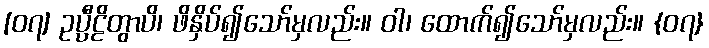
[၀၇] ဥပ္ပီဠိတွာပိ၊ ဖိနှိပ်၍သော်မှလည်း။ ဝါ၊ ထောက်၍သော်မှလည်း။ {၀၇}